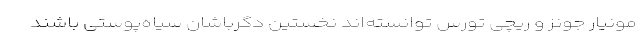
مونیار جونز و ریچی تورس توانسته‌اند نخستین دگرباشان سیاه‌پوستی باشند